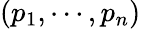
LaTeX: (p_{1},\cdots,p_{n})